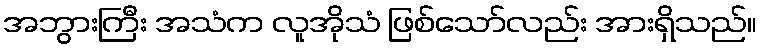
အဘွားကြီး အသံက လူအိုသံ ဖြစ်သော်လည်း အားရှိသည်။